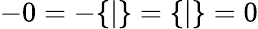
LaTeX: -0=-\{ |\} =\{ |\} =0